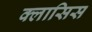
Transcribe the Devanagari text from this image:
क्लासिस